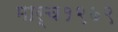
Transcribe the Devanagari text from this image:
मार्च१९७९